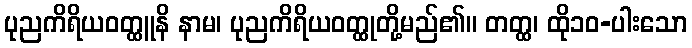
ပုညကိရိယဝတ္ထူနိ နာမ၊ ပုညကိရိယဝတ္ထုတို့မည်၏။ တတ္ထ၊ ထို၁၀-ပါးသော